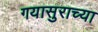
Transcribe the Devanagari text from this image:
गयासुराच्या